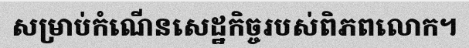
សម្រាប់កំណើនសេដ្ឋកិច្ចរបស់ពិភពលោក។